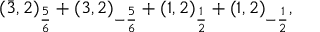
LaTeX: ( \bar { 3 } , 2 ) _ { \frac { 5 } { 6 } } + ( 3 , 2 ) _ { - \frac { 5 } { 6 } } + ( 1 , 2 ) _ { \frac { 1 } { 2 } } + ( 1 , 2 ) _ { - \frac { 1 } { 2 } } ,